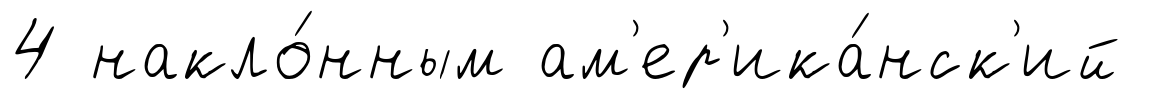
4 накло́нным ам'ер'ика́нск'ий